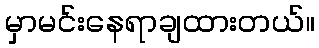
မှာမင်းနေရာချထားတယ်။